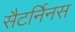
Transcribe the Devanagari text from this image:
सैटर्निनस